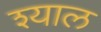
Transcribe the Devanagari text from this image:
श्याल